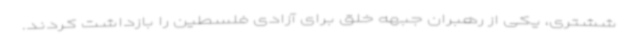
ششتری، یکی از رهبران جبهه خلق برای آزادی فلسطین را بازداشت کردند.